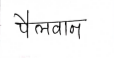
मजकूर: पैलवान